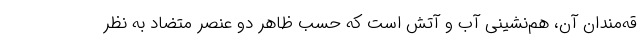
قه‌مندان آن، هم‌نشینی آب و آتش است که حسب ظاهر دو عنصر متضاد به نظر